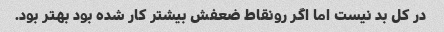
در کل بد نیست اما اگر رونقاط ضعفش بیشتر کار شده بود بهتر بود.